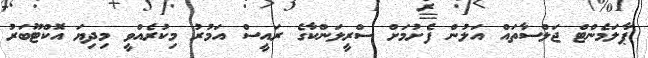
ޕާލަމެންޓް ޖަލްސާތައް އަލުން ފެށުމަށް ސްރީލަންކާގެ ރައީސް އަމުރު މިކުރެއްވީ މިދިޔަ އޮކްޓޫބަރު